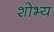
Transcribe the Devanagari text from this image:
शोभ्य